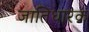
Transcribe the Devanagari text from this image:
जातिधारक